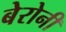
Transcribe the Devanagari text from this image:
बेरोनी